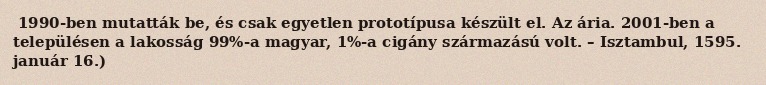
1990-ben mutatták be, és csak egyetlen prototípusa készült el. Az ária. 2001-ben a településen a lakosság 99%-a magyar, 1%-a cigány származású volt. – Isztambul, 1595. január 16.)